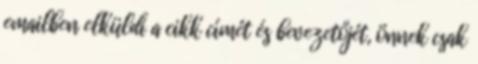
emailben elküldi a cikk címét és bevezetőjét, önnek csak